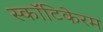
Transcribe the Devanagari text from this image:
स्कॉटिकेरम